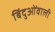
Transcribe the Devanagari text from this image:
बिंदुओंवाली